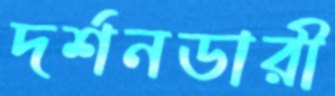
দর্শনডারী